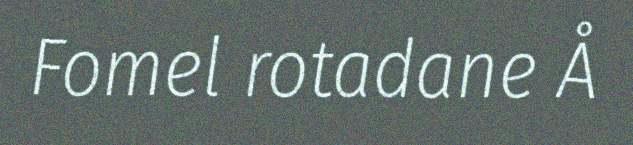
Fomel rotadane Å